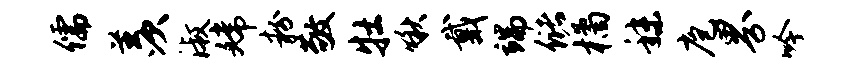
儒羡淑嫦粉敬牡啾戴端储橘秣庖界吟